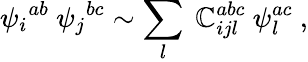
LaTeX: {\psi_{i}}^{ab}\ {\psi_{j}}^{bc}\sim\sum_{l}\ \mathbb{C}_{ijl}^{abc}\ \psi_{l}^{ac}\ ,